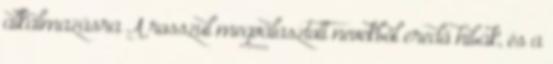
alkalmazásra A rosszul megválasztott nevekből eredő hibák, és a